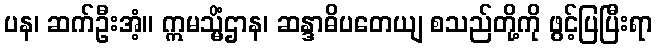
ပန၊ ဆက်ဦးအံ့။ ဣမသ္မိံဌာန၊ ဆန္ဒာဓိပတေယျ စသည်တို့ကို ဖွင့်ပြပြီးရာ